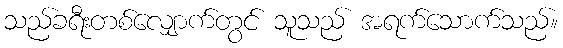
သည်ခရီးတစ်လျှောက်တွင် သူသည် အရက်သောက်သည်။